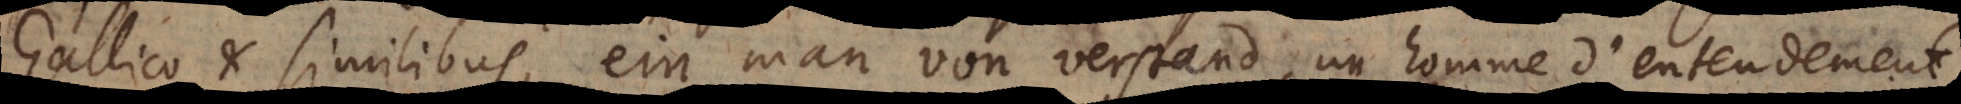
Gallico et similibus, ein man von verstand, un homme d’entendement